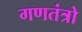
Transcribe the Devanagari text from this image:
गणतंत्रो